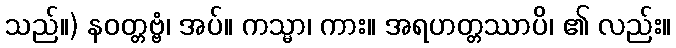
သည်။) နဝတ္တဗ္ဗံ၊ အပ်။ ကသ္မာ၊ ကား။ အရဟတ္တဿာပိ၊ ၏ လည်း။